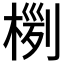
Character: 𣖊